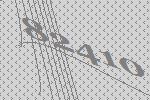
82410